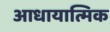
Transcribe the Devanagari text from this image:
आधायात्मिक